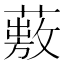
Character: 𦽠